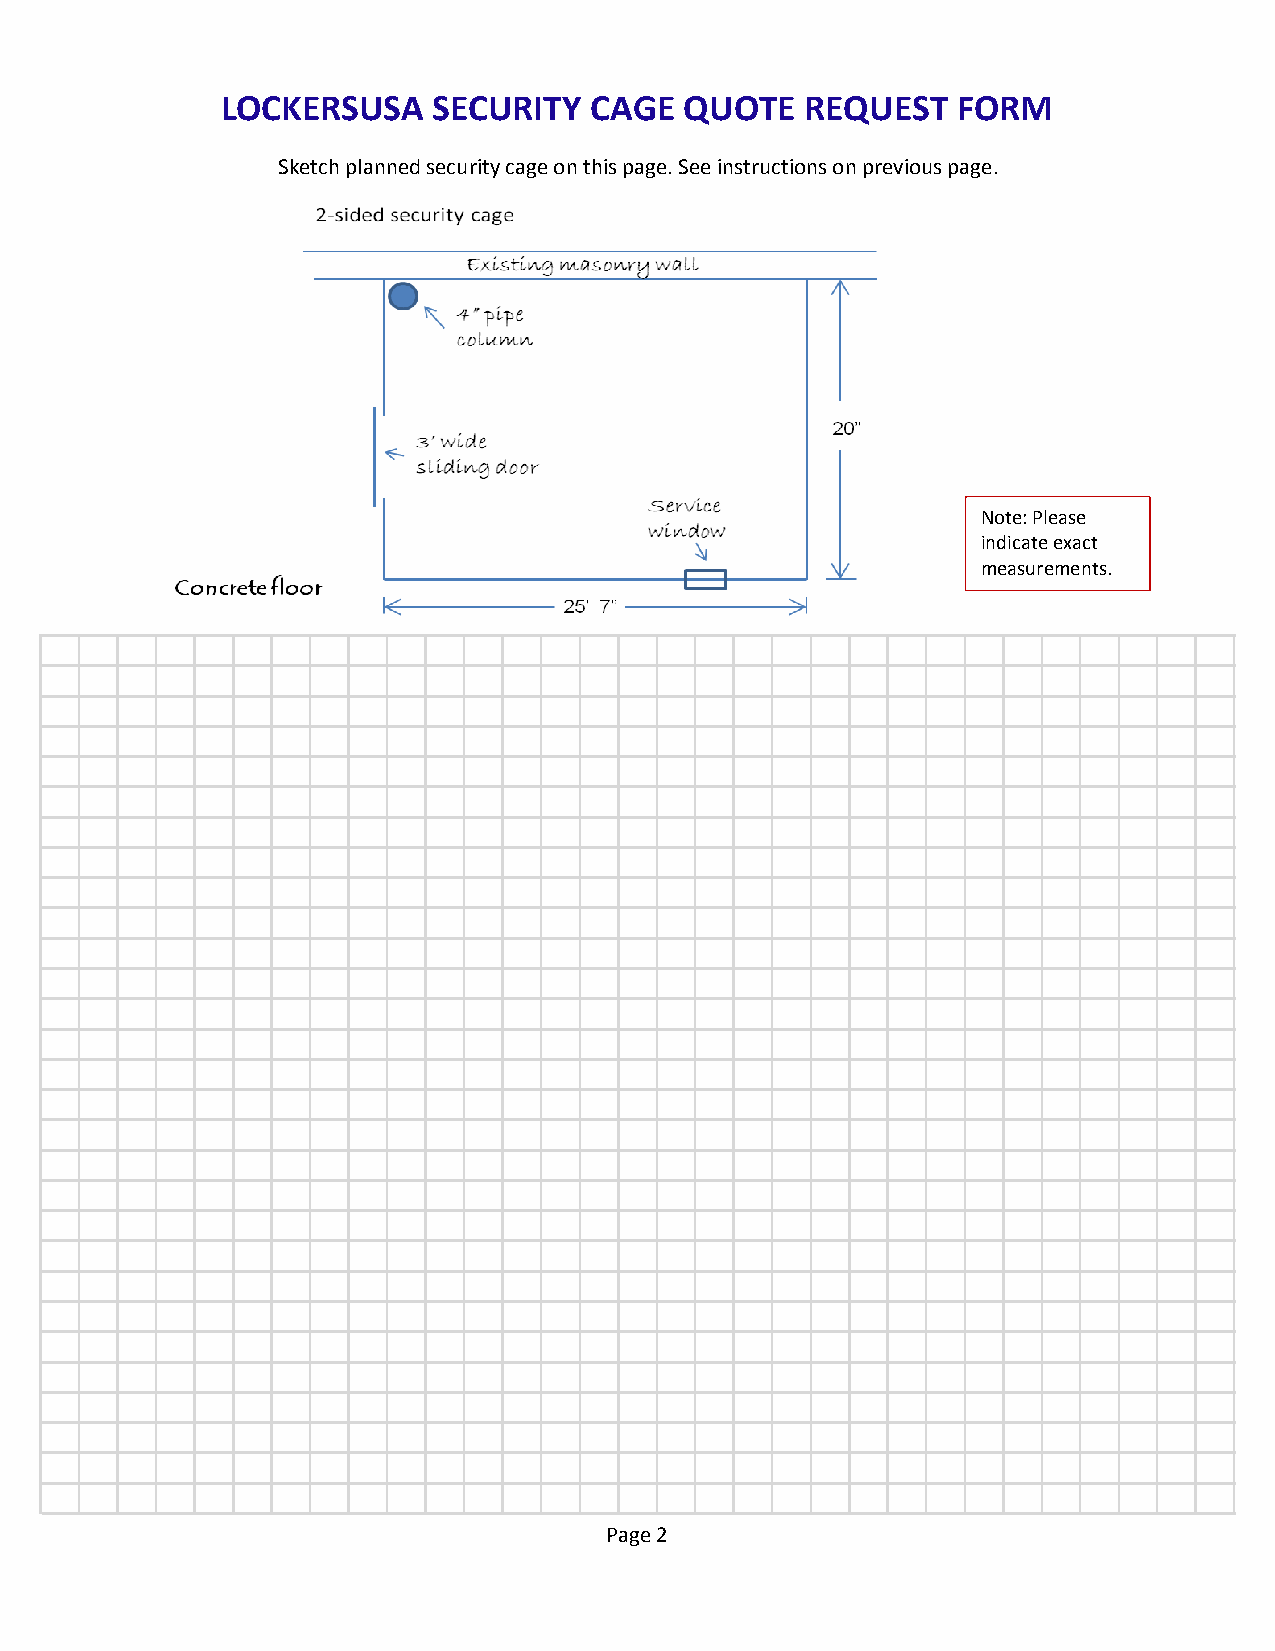
LOCKERSUSA    SECURITY  CAGE  QUOTE   REQUEST   FORM
 Sketch planned security cage on this page. See instructions on previous page.
 Note: Please
 indicate exact
 measurements.
 Page 2